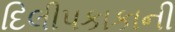
દિલીપકાકાની